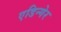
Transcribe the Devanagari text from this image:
एडिन्गेर